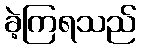
ခဲ့ကြရသည်